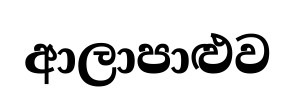
ආලාපාළුව